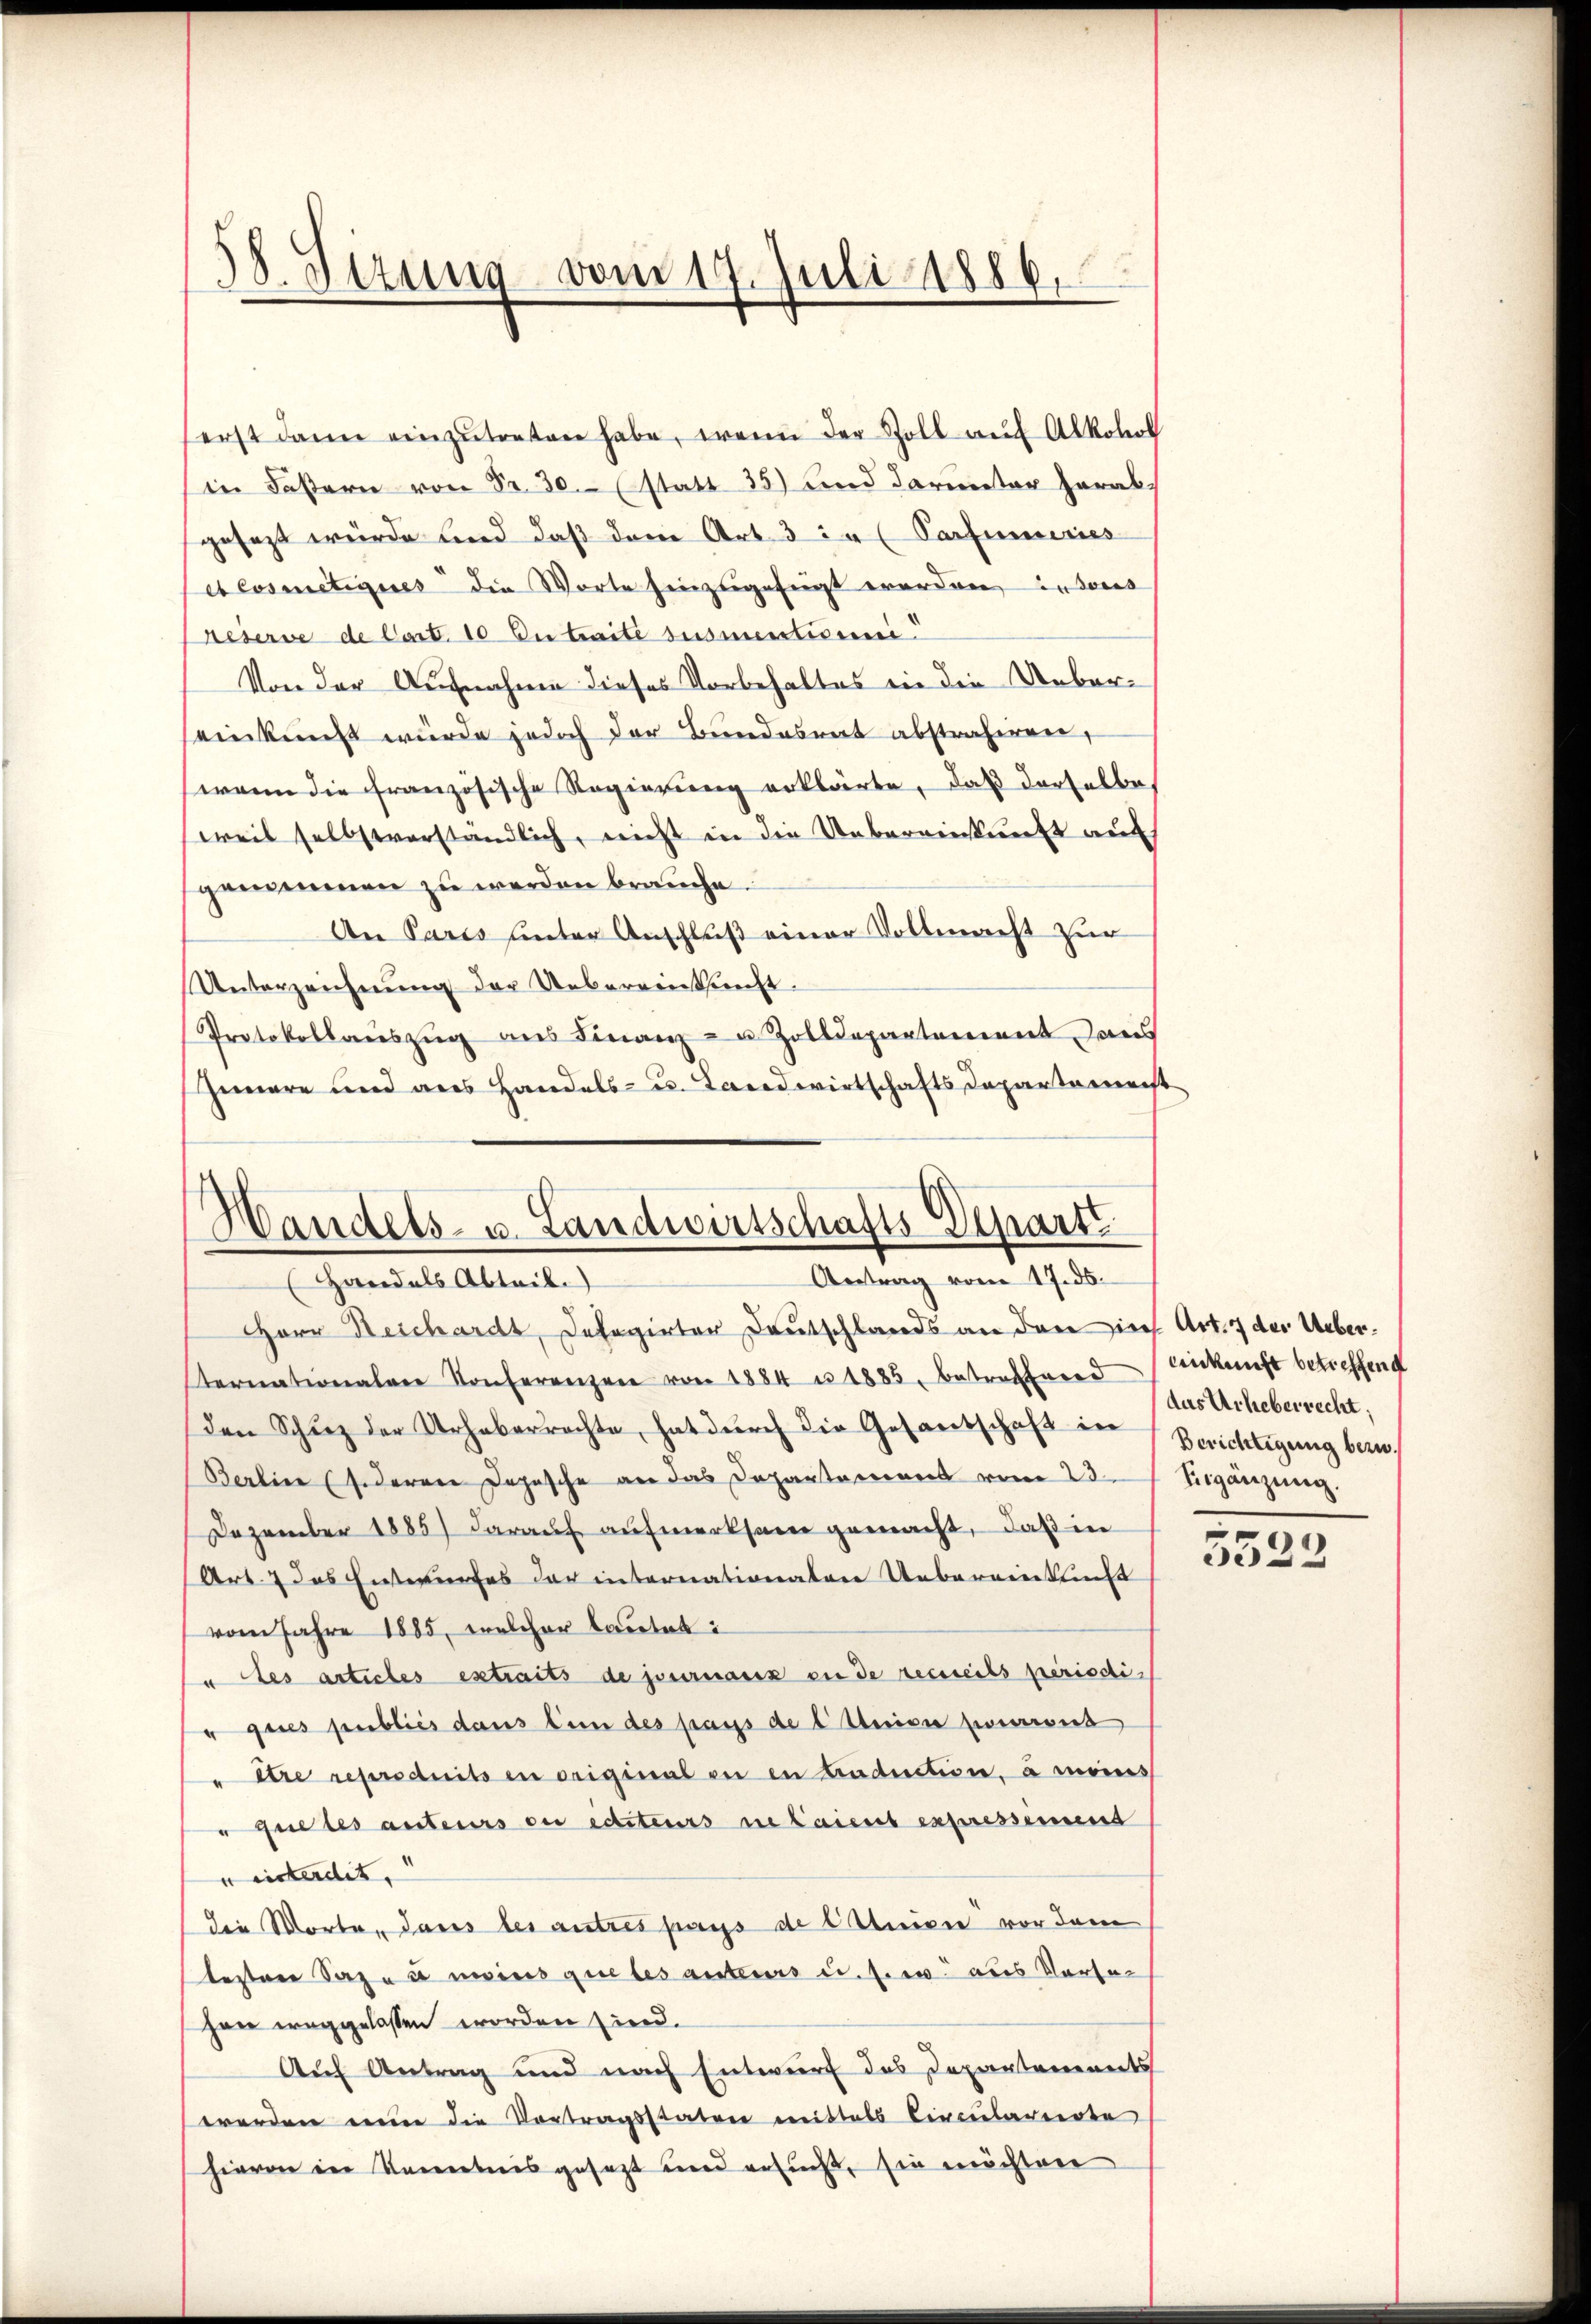
58. Sezung vom 17. Juli 1886.

erst dann einzŭtreten habe, wenn der Zoll auf Alkohol
(in Fasern von Fr. 30.- (statt 35) und darunter herabgesezt würde und daß dem Art. 3 in Parfumeries
eCosmetiques die Worte hinzugefügt worden, insons
reserve de Cart. 10 Du traite susmentioni
Von der Aufnahme dieses Vorbehaltes in die Uebereinkunft würde jedoch der Bundesrat abstrahiren,
wenn die französische Regierung erklärte, daß derselbe
weil selbstverständlich, nicht in die Uebereinkunft auf
genommen zu werden brauche.
An Paris unter Anschluß einer Vollmacht zur
Unterzeichnung der Uebereinkunft.
Protokollauszug aus Finanz- u. Zolldepartement aus
Gemare und aus Handels- u. Landwirtschafts Departement

Handels- u. Landwirtschafts-Departe
Antrag vom 17. ds.
Handels Abteil.

Herr Beschardt, Delegirter Deutschlands an den ich Art. 7 der Ueberternationalen Konferenzen von 1884 u. 1885, betreffend Einkunft betreffend
den Schutz der Urheberrachte, hat dŭrch die Gesantschaft in Berichtigung beru¬
Berlin (s. deren Depesche an das Departament vom 23. gänzŭng.
Dezember 1885) darauf aufmerksam gemacht, daß in
Art. 7 das Entwurfes der internationalen Uebereinkunft
vom Jahre 1885, welcher lautet:
" des articles extraits de journaux en de resseits periodi¬
" ques publiés dans ten des pass de l Union pourront
" ttre reproduits en original en en traduction, à moins
" que les anteurs ou editeurs relaient expressement
u interdit.
die Worte. Jans les autres pays de Steiger vor dem
besten Sazu à moins guetes anteurs u. sie aus Versa
han weggelassen worden sind.
Auf Antrag und nach Entwurf das Departements
werden einen die Vortragsstaten mittels Circularierte
hievon in Kenntnis gesetzt und ersuch, sie möchten

das Urheberrecht.

5522